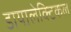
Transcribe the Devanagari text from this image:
डायालेक्टिकल